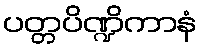
ပတ္တပိဏ္ဍိကာနံ